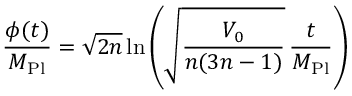
\qquad \frac { \phi ( t ) } { M _ { \mathrm { P l } } } = \sqrt { 2 n } \ln \left( \sqrt { \frac { V _ { 0 } } { n ( 3 n - 1 ) } } \, \frac { t } { M _ { \mathrm { P l } } } \right)